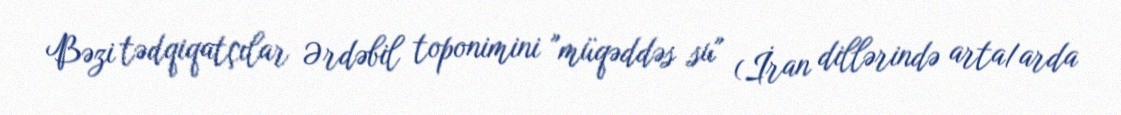
Bəzi tədqiqatçılar Ərdəbil toponimini "müqəddəs su" (İran dillərində arta/arda